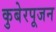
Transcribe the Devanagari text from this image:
कुबेरपूजन